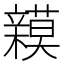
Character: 𮄾